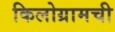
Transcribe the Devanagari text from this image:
किलोग्रामची